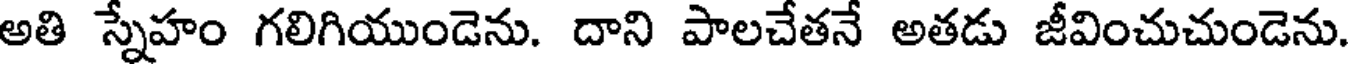
అతి స్నేహం గలిగియుండెను. దాని పాలచేతనే అతడు జీవించుచుండెను.